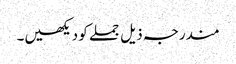
مندرجہ ذیل جملے کو دیکھیں۔